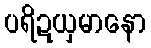
ပရိဍယှမာနော